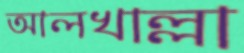
আলখাল্লা